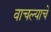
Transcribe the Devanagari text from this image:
वाचल्याचे